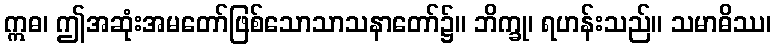
ဣဓ၊ ဤအဆုံးအမတော်ဖြစ်သောသာသနာတော်၌။ ဘိက္ခု၊ ရဟန်းသည်။ သမာဓိဿ၊